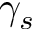
\gamma _ { s }